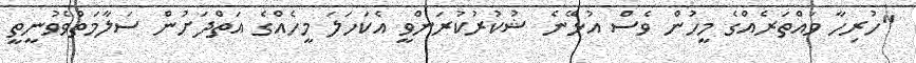
"ހުރިހާ ވައްތަރެއްގެ މީހުން ވެސް އުޅޭނެ ޝުކުރުކުރަންވީ އެކަހަލަ މީހެއްގެ އަތްދަށުން ސަލާމަތްވެވުނީތީ